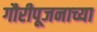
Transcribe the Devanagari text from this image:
गौरीपूजनाच्या